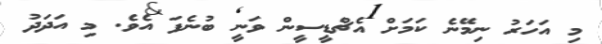
މި އަހަރު ނިމޭނެ ކަމަށް އެޗްޑީސީން ވަނީ ބުނެފަ އެވެ. މި އަދަދު